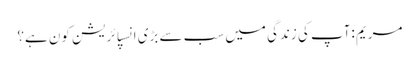
مریم :آپ کی زندگی میں سب سے بڑی انسپائریشن کون ہے؟